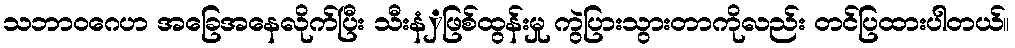
သဘာဝဂေဟ အခြေအနေလိုက်ပြီး သီးနံှဖြစ်ထွန်းမှု ကွဲပြားသွားတာကိုလည်း တင်ပြထားပါတယ်။